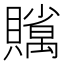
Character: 𧸣